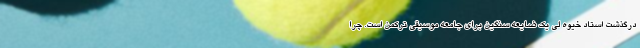
درگذشت استاد خیوه لی یک ضایعه سنگین برای جامعه موسیقی ترکمن است. چرا